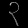
Digit: ၃